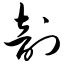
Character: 剖